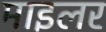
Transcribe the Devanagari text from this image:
माइलर